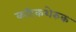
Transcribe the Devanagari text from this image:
कटिकशेरुक